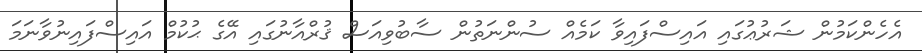
އެހެންކަމުން ޝަރުޢުގައި އައިސްފައިވާ ކަމެއް ސުންނަތުން ސާބުވިއަސް ޤުރްއާނުގައި އޭގެ ޙުކުމް އައިސްފައިނުވާނަމަ